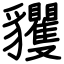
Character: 貜